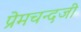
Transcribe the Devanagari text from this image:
प्रेमचन्दजी